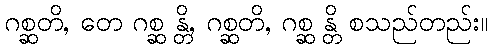
ဂစ္ဆတိ, တေ ဂစ္ဆ န္တိ, ဂစ္ဆတိ, ဂစ္ဆ န္တိ စသည်တည်း။